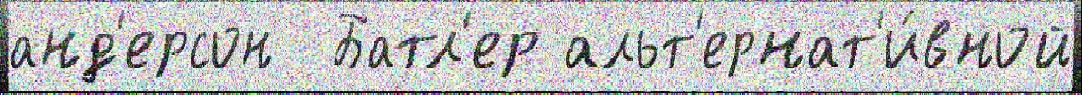
анд'ерсон  Батл'ер альт'ернат'и́вной